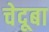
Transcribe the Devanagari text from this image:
चेदूबा